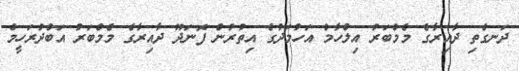
ދަނގެތި ދާއިރާގެ މެމްބަރު އިލްހާމް އަހުމަދުގެ އިތުރުން ފޮނަދޫ ދާއިރާގެ މެމްބަރު އަބްދުރަހީމް